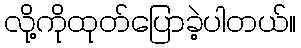
လို့ကိုထုတ်ပြောခဲ့ပါတယ်။